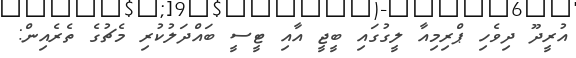
އުރީދޫ ދިވެހި ޕްރިމިއާ ލީގުގައި ބީޖީ އާއި ޓީސީ ބައްދަލުކުރި މެޗުގެ ތެރެއިން: